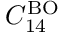
C _ { 1 4 } ^ { \mathrm { B O } }